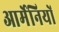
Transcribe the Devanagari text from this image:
आर्मेनियों